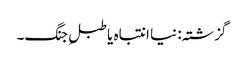
گزشتہ: نیا انتباہ یا طبلِ جنگ۔